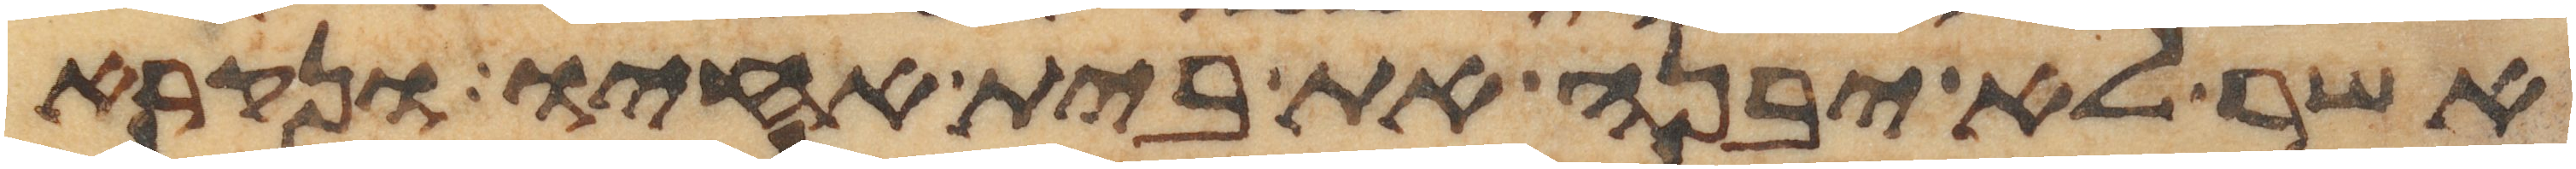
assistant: אשר לא יבנה את בית אחיו ונקרא